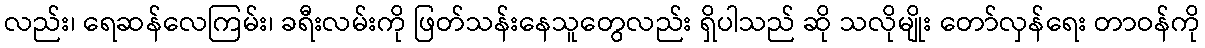
လည်း၊ ရေဆန်လေကြမ်း၊ ခရီးလမ်းကို ဖြတ်သန်းနေသူတွေလည်း ရှိပါသည် ဆို သလိုမျိုး တော်လှန်ရေး တာဝန်ကို